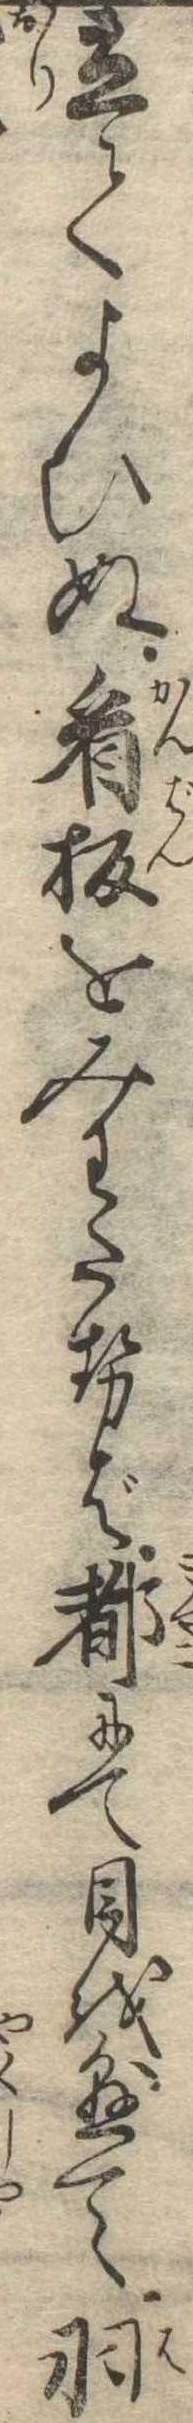
立てよひぬ看板をみわたせば都にて目を懸て羽